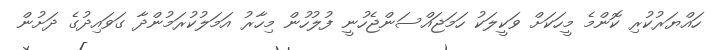
ހައްޔަރުކުރި ކޮންމެ މީހަކަށް ވަކީލަކު ހަމަޖައްސަންޖެހުނީ ފުލުހުން މިހާރު އަމަލުކުރަމުންދާ ގަވައިދުގެ ދަށުން